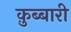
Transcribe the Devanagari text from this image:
क़ुब्बारी